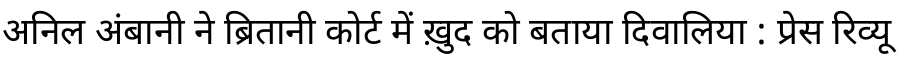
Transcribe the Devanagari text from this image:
अनिल अंबानी ने ब्रितानी कोर्ट में ख़ुद को बताया दिवालिया : प्रेस रिव्यू